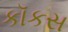
કૉકસ